Source: Computer-generated
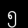
Digit: ၅ (5)